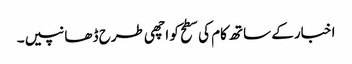
اخبار کے ساتھ کام کی سطح کو اچھی طرح ڈھانپیں۔